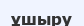
ұшыру